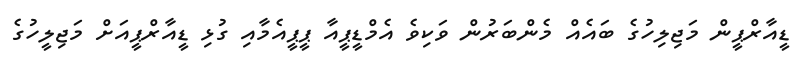
ޑީއާރްޕީން މަޖިލިހުގެ ބައެއް މެންބަރުން ވަކިވެ އެމްޑީޕީއާ ޕީޕީއެމާއި ގުޅި ޑީއާރްޕީއަށް މަޖިލީހުގެ